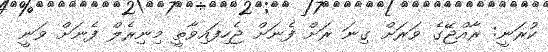
ކުރަނީ: ރާއްޖޭގެ ވަރަށް ގިނަ ރަށް ފެނަށް ޖެހިފައިވާތީ މިނިރެލް ފެނަށް ވަނީ